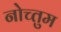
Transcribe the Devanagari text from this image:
नोच्तुम